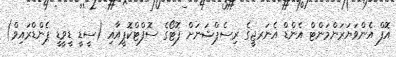
އޮފް އެންވަޔަރަންމަންޓް އެންޑް އެނަރޖީގެ ރިސެޕްޝަނަށް ފޮޓޯގެ ސޮފްޓްކޮޕީއާއި (ސީޑީ ޑީވީޑީ ޕެންޑްރައިވް)